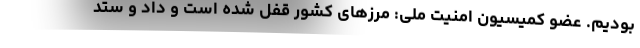
بودیم. عضو کمیسیون امنیت ملی: مرزهای کشور قفل شده است و داد و ستد